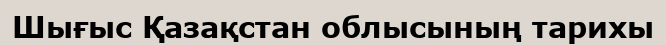
Шығыс Қазақстан облысының тарихы